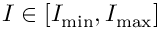
I \in [ I _ { \mathrm { m i n } } , I _ { \mathrm { m a x } } ]